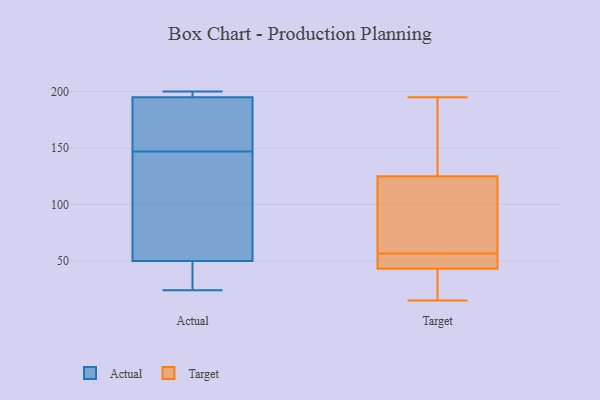
{"axis": {"x": "Churn Rate (%)", "y": "Value"}, "legend": ["Actual", "Target"], "data": [{"x": "", "y": 28, "type": "Actual"}, {"x": "", "y": 50, "type": "Actual"}, {"x": "", "y": 146, "type": "Actual"}, {"x": "", "y": 152, "type": "Actual"}, {"x": "", "y": 200, "type": "Actual"}, {"x": "", "y": 24, "type": "Actual"}, {"x": "", "y": 148, "type": "Actual"}, {"x": "", "y": 195, "type": "Actual"}, {"x": "", "y": 200, "type": "Actual"}, {"x": "", "y": 91, "type": "Actual"}, {"x": "", "y": 61, "type": "Target"}, {"x": "", "y": 195, "type": "Target"}, {"x": "", "y": 125, "type": "Target"}, {"x": "", "y": 33, "type": "Target"}, {"x": "", "y": 52, "type": "Target"}, {"x": "", "y": 43, "type": "Target"}, {"x": "", "y": 44, "type": "Target"}, {"x": "", "y": 15, "type": "Target"}, {"x": "", "y": 76, "type": "Target"}, {"x": "", "y": 129, "type": "Target"}]}